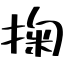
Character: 掬